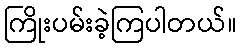
ကြိုးပမ်းခဲ့ကြပါတယ်။